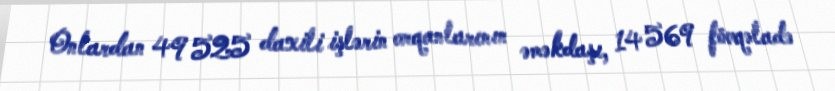
Onlardan 49 525 daxili işlərin orqanlarının əməkdaşı, 14 569 fövqəladə